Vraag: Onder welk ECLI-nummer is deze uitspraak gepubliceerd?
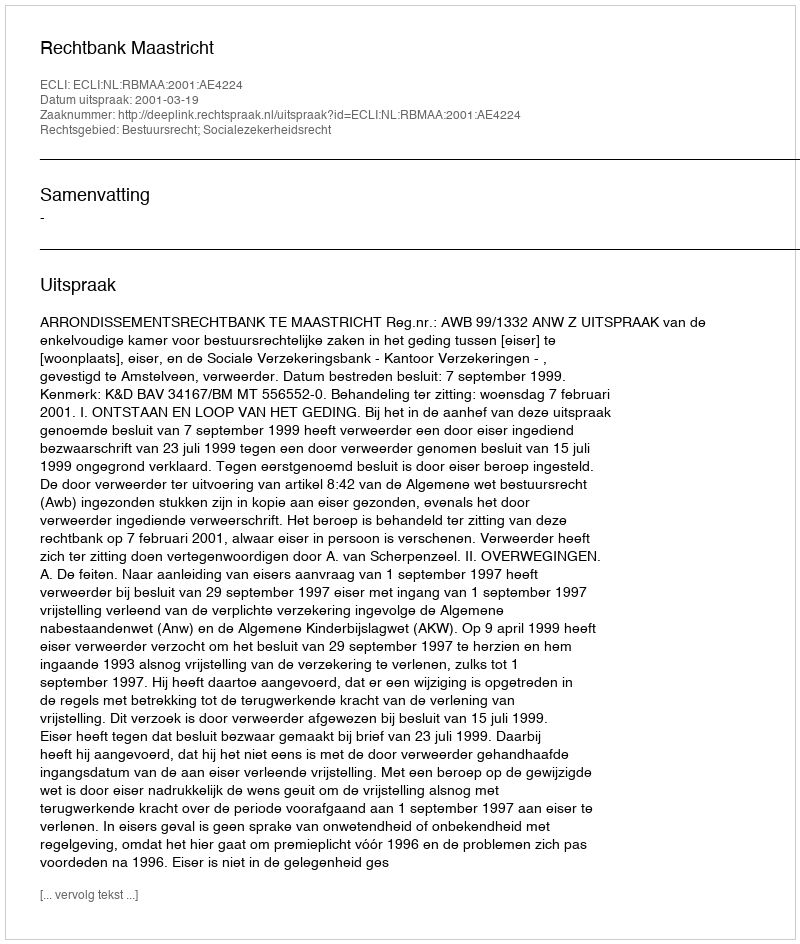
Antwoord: ECLI:NL:RBMAA:2001:AE4224